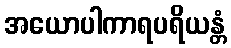
အယောပါကာရပရိယန္တံ